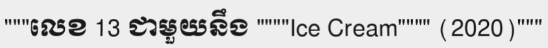
"""លេខ 13 ជាមួយនឹង """"Ice Cream"""" (2020)"""